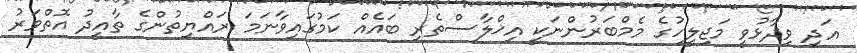
އަދި ވިދާޅުވީ މަޖިލީހުގެ މެމްބަރުންނަކީ އިޚްލާސްތެރި ބައެއް ކަމުގައިވާނަމަ ރައްޔިތުންގެ ތާއީދު އޮތްވަރު